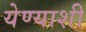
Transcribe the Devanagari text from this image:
येण्याशी